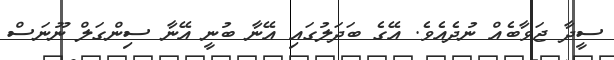
ސީދާ ޖަވާބެއް ނުދެއެވެ. އޭގެ ބަދަލުގައި އޭނާ ބުނީ އޭނާ ސިންގަލް ނޫނަސް